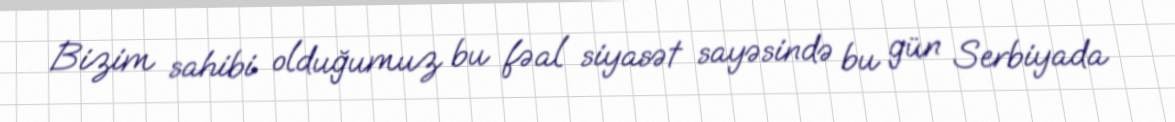
Bizim sahibi olduğumuz bu fəal siyasət sayəsində bu gün Serbiyada